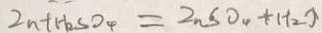
Z n + H _ { 2 } S O _ { 4 } = Z n S O _ { 4 } + H _ { 2 } \uparrow